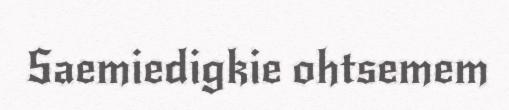
Saemiedigkie ohtsemem